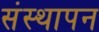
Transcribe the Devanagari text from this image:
संस्‍थापन